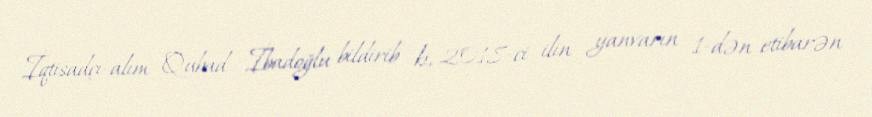
İqtisadçı-alım Qubad İbadoğlu bildirib ki, 2018-ci ilin yanvarın 1-dən etibarən